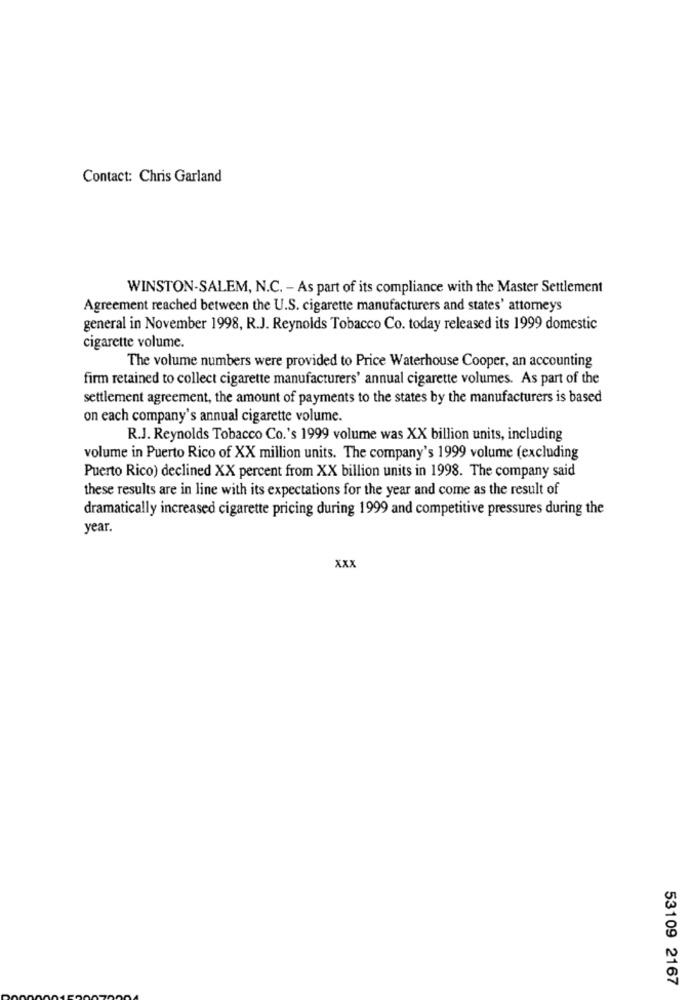
Contact: Chris Garland
WINSTON-SALEM, N.C. - As part of its compliance with the Master Settlement
Agreement reached between the U.S. cigarette manufacturers and states' attorneys
general in November 1998, R.J. Reynolds Tobacco Co. today released its 1999 domestic
cigarette volume.
The volume numbers were provided to Price Waterhouse Cooper, an accounting
firm retained to collect cigarette manufacturers' annual cigarette volumes. As part of the
settlement agreement, the amount of payments to the states by the manufacturers is based
on each company's annual cigarette volume.
R.J. Reynolds Tobacco Co.'s 1999 volume was XX billion units, including
volume in Puerto Rico of XX million units. The company's 1999 volume (excluding
Puerto Rico) declined XX percent from XX billion units in 1998. The company said
these results are in line with its expectations for the year and come as the result of
dramatically increased cigarette pricing during 1999 and competitive pressures during the
year.
xxx
53109 2167